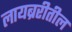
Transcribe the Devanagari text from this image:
लायब्ररीतील